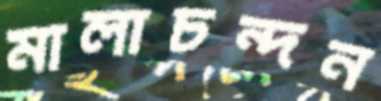
মালাচন্দন